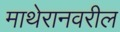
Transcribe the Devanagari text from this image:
माथेरानवरील